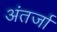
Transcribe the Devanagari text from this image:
अंतर्जा